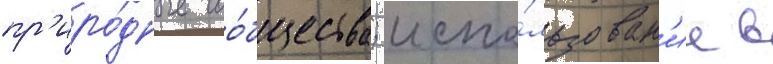
пр'иро́дные соо́бщества; испо́льзован'ие в